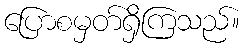
ပြောစမှတ်ရှိကြသည်။